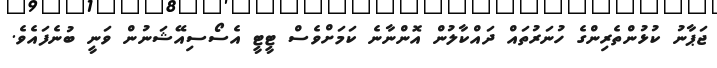
ޖަޕާނު ކުޅުންތެރިންގެ ހުނަރުތައް ދައްކާލުން އޮންނާނެ ކަމަށްވެސް ޓީޓީ އެސޯސިއޭޝަނުން ވަނީ ބުނެފައެވެ.